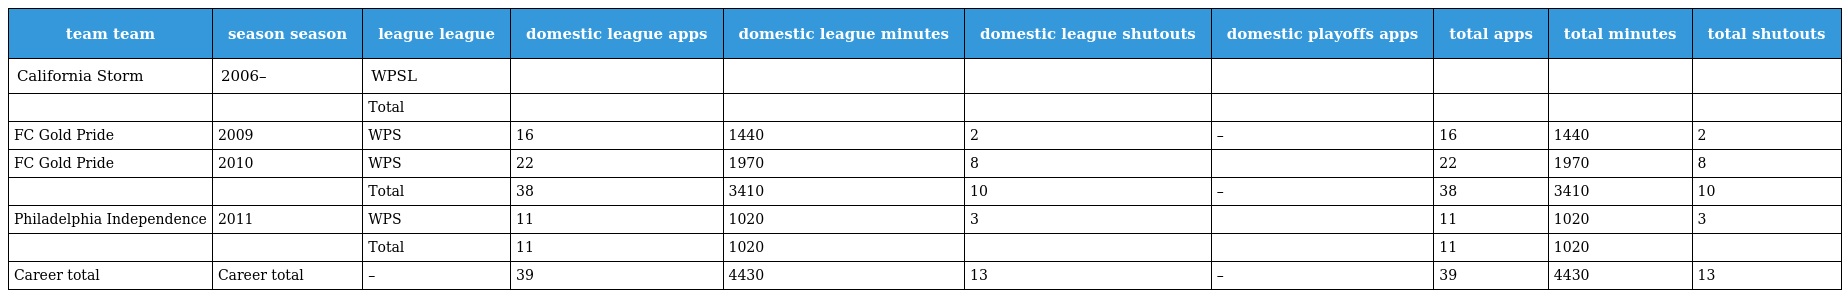
| team team | season season | league league | domestic league apps | domestic league minutes | domestic league shutouts | domestic playoffs apps | total apps | total minutes | total shutouts |
 | --- | --- | --- | --- | --- | --- | --- | --- | --- | --- |
 | California Storm | 2006– | WPSL |  |  |  |  |  |  |  |
 |  |  | Total |  |  |  |  |  |  |  |
 | FC Gold Pride | 2009 | WPS | 16 | 1440 | 2 | – | 16 | 1440 | 2 |
 | FC Gold Pride | 2010 | WPS | 22 | 1970 | 8 |  | 22 | 1970 | 8 |
 |  |  | Total | 38 | 3410 | 10 | – | 38 | 3410 | 10 |
 | Philadelphia Independence | 2011 | WPS | 11 | 1020 | 3 |  | 11 | 1020 | 3 |
 |  |  | Total | 11 | 1020 |  |  | 11 | 1020 |  |
 | Career total | Career total | – | 39 | 4430 | 13 | – | 39 | 4430 | 13 |